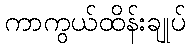
ကာကွယ်ထိန်းချုပ်